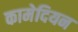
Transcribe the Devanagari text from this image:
कामेदियन